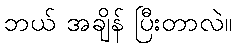
ဘယ် အချိန် ပြီးတာလဲ။